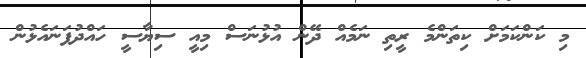
މި ކަންކަމަށް ކިތަންމެ ރީތި ނަމެއް ދޭން އުޅުނަސް މިއީ ސިޔާސީ ހައްދުފަނައެޅުން